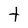
Character: t